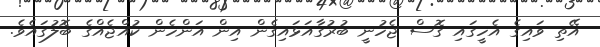
އޭތި ވައިގެ އެހީގައި ގޮސް ޖެހުނީ ބުރުގާއަޅައިގެން އިން އަންހެން ކުއްޖެއްގެ ބޮލުގައެވެ.